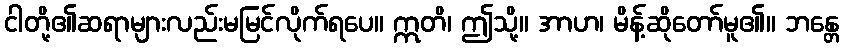
ငါတို့၏ဆရာများလည်းမမြင်လိုက်ရပေ။ ဣတိ၊ ဤသို့။ အာဟ၊ မိန့်ဆိုတော်မူ၏။ ဘန္တေ